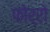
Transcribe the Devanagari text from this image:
फोर्रो